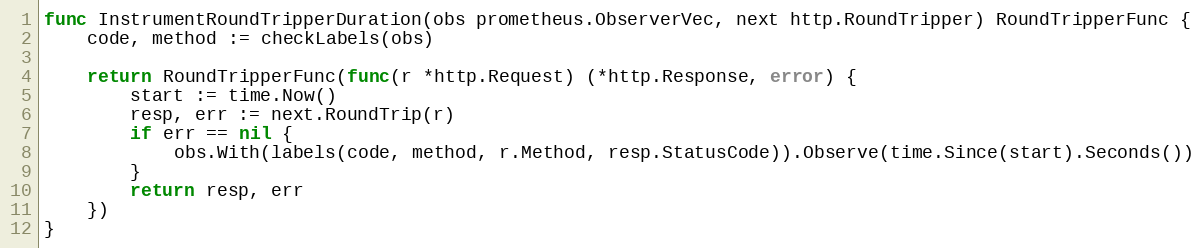
Language: Go
func InstrumentRoundTripperDuration(obs prometheus.ObserverVec, next http.RoundTripper) RoundTripperFunc {
	code, method := checkLabels(obs)

	return RoundTripperFunc(func(r *http.Request) (*http.Response, error) {
		start := time.Now()
		resp, err := next.RoundTrip(r)
		if err == nil {
			obs.With(labels(code, method, r.Method, resp.StatusCode)).Observe(time.Since(start).Seconds())
		}
		return resp, err
	})
}